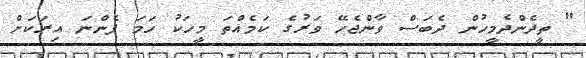
" ތީދެންދެމީހުން ދެބަސް ވާންޖެހޭ ވަރުގެ ކަމެއްތަ މީހަކު ހަމަ ފެންނަ އިރަކަށް